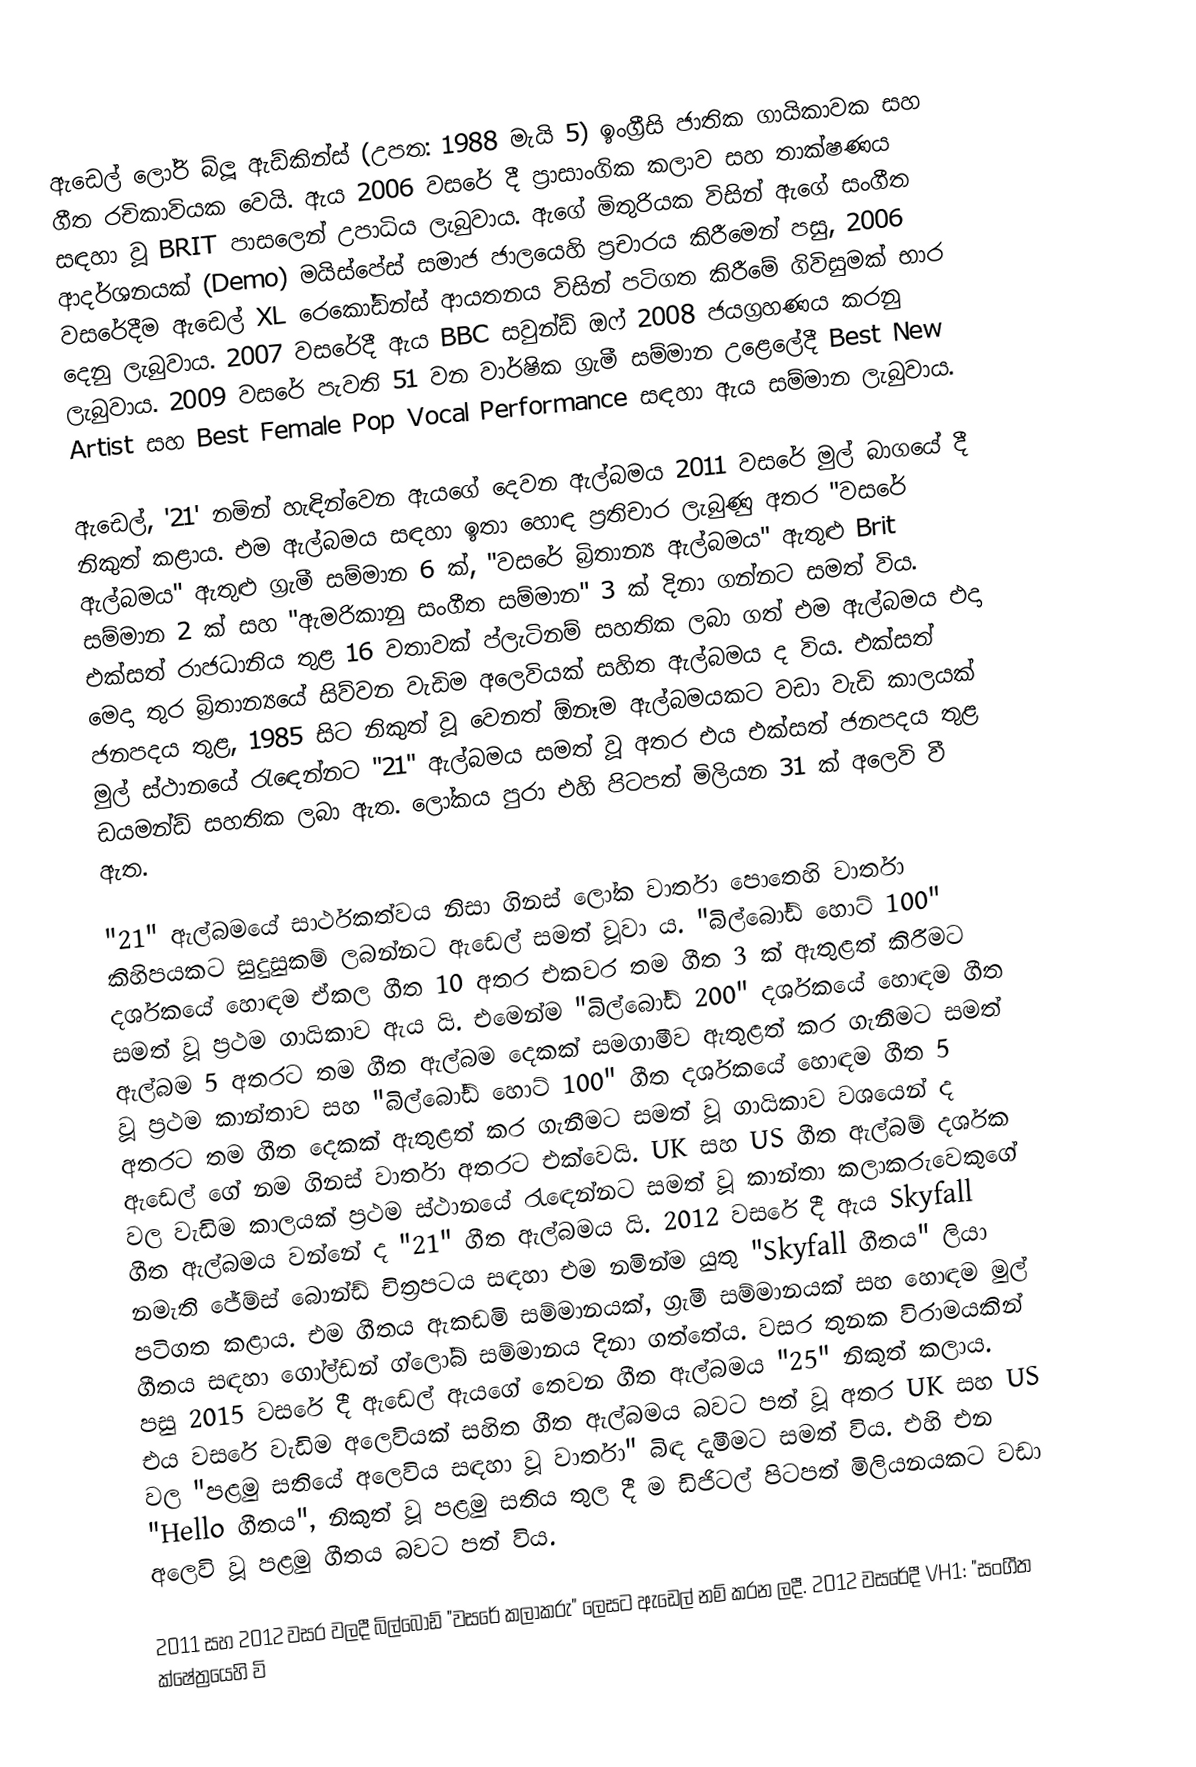
ඇඩෙල් ලෝරි බ්ලූ ඇඩ්කින්ස් (උපත: 1988 මැයි 5) ඉංග්‍රීසි ජාතික ගායිකාවක සහ ගීත රචිකාවියක වෙයි. ඇය 2006 වසරේ දී ප්‍රාසාංගික කලාව සහ තාක්ෂණය සඳහා වූ BRIT පාසලෙන් උපාධිය ලැබුවාය. ඇගේ මිතුරියක විසින් ඇගේ සංගීත ආදර්ශනයක් (Demo) මයිස්පේස් සමාජ ජාලයෙහි ප්‍රචාරය කිරීමෙන් පසු, 2006 වසරේදීම ඇඩෙල් XL රෙකෝඩින්ස් ආයතනය විසින් පටිගත කිරීමේ ගිවිසුමක් භාර දෙනු ලැබුවාය. 2007 වසරේදී ඇය BBC සවුන්ඩ් ඔෆ් 2008 ජයග්‍රහණය කරනු ලැබුවාය. 2009 වසරේ පැවති 51 වන වාර්ෂික ග්‍රැමී සම්මාන උළෙලේදී  Best New Artist සහ Best Female Pop Vocal Performance සඳහා ඇය සම්මාන ලැබුවාය.

ඇඩෙල්, '21' නමින් හැඳින්වෙන ඇයගේ දෙවන ඇල්බමය 2011 වසරේ මුල් බාගයේ දී නිකුත් කළාය. එම ඇල්බමය සඳහා ඉතා හොඳ ප්‍රතිචාර ලැබුණු අතර "වසරේ ඇල්බමය" ඇතුළු ග්‍රැමී සම්මාන 6 ක්, "වසරේ බ්‍රිතාන්‍ය ඇල්බමය" ඇතුළු Brit සම්මාන 2 ක් සහ "ඇමරිකානු සංගීත සම්මාන" 3 ක් දිනා ගන්නට සමත් විය. එක්සත් රාජධානිය තුළ 16 වතාවක් ප්ලැටිනම් සහතික ලබා ගත් එම ඇල්බමය එදා මෙදා තුර බ්‍රිතාන්‍යයේ සිව්වන වැඩිම අලෙවියක් සහිත ඇල්බමය ද විය. එක්සත් ජනපදය තුළ, 1985 සිට නිකුත් වූ වෙනත් ඕනෑම ඇල්බමයකට වඩා වැඩි කාලයක් මුල් ස්ථානයේ රැඳෙන්නට "21" ඇල්බමය සමත් වූ අතර එය එක්සත් ජනපදය තුළ ඩයමන්ඩ් සහතික ලබා ඇත. ලෝකය පුරා එහි පිටපත් මිලියන 31 ක් අලෙවි වී ඇත.

"21" ඇල්බමයේ සාර්ථකත්වය නිසා ගිනස් ලෝක වාර්තා පොතෙහි වාර්තා කිහිපයකට සුදුසුකම් ලබන්නට ඇඩෙල් සමත් වූවා ය. "බිල්බෝඩ් හොට් 100" දර්ශකයේ හොඳම ඒකල ගීත 10 අතර එකවර තම ගීත 3 ක් ඇතුළත් කිරීමට සමත් වූ ප්‍රථම ගායිකාව ඇය යි. එමෙන්ම "බිල්බෝඩ් 200" දර්ශකයේ හොඳම ගීත ඇල්බම 5 අතරට තම ගීත ඇල්බම දෙකක් සමගාමීව ඇතුළත් කර ගැනීමට සමත් වූ ප්‍රථම කාන්තාව සහ "බිල්බෝඩ් හොට් 100" ගීත දර්ශකයේ හොඳම ගීත 5 අතරට තම ගීත දෙකක් ඇතුළත් කර ගැනීමට සමත් වූ ගායිකාව වශයෙන් ද ඇඩෙල් ගේ නම ගිනස් වාර්තා අතරට එක්වෙයි. UK සහ US ගීත ඇල්බම් දර්ශක වල වැඩිම කාලයක් ප්‍රථම ස්ථානයේ රැඳෙන්නට සමත් වූ කාන්තා කලාකරුවෙකුගේ ගීත ඇල්බමය වන්නේ ද "21" ගීත ඇල්බමය යි. 2012 වසරේ දී ඇය Skyfall නමැති ජේම්ස් බොන්ඩ් චිත්‍රපටය සඳහා එම නමින්ම යුතු "Skyfall ගීතය" ලියා පටිගත කළාය. එම ගීතය ඇකඩමි සම්මානයක්, ග්‍රැමී සම්මානයක් සහ හොඳම මුල් ගීතය සඳහා ගෝල්ඩන් ග්ලෝබ් සම්මානය දිනා ගත්තේය. වසර තුනක විරාමයකින් පසු 2015 වසරේ දී ඇඩෙල් ඇයගේ තෙවන ගීත ඇල්බමය "25" නිකුත් කලාය. එය වසරේ වැඩිම අලෙවියක් සහිත ගීත ඇල්බමය බවට පත් වූ අතර UK සහ US වල "පළමු සතියේ අලෙවිය සඳහා වූ වාර්තා" බිඳ දැමීමට සමත් විය. එහි එන "Hello ගීතය", නිකුත් වූ පළමු සතිය තුල දී ම ඩිජිටල්  පිටපත් මිලියනයකට වඩා අලෙවි වූ පළමු ගීතය බවට පත් විය.

2011 සහ 2012 වසර වලදී බිල්බෝඩ් "වසරේ කලාකරු" ලෙසට ඇඩෙල් නම් කරන ලදී. 2012 වසරේදී VH1: "සංගීත ක්ෂේත්‍රයෙහි වි